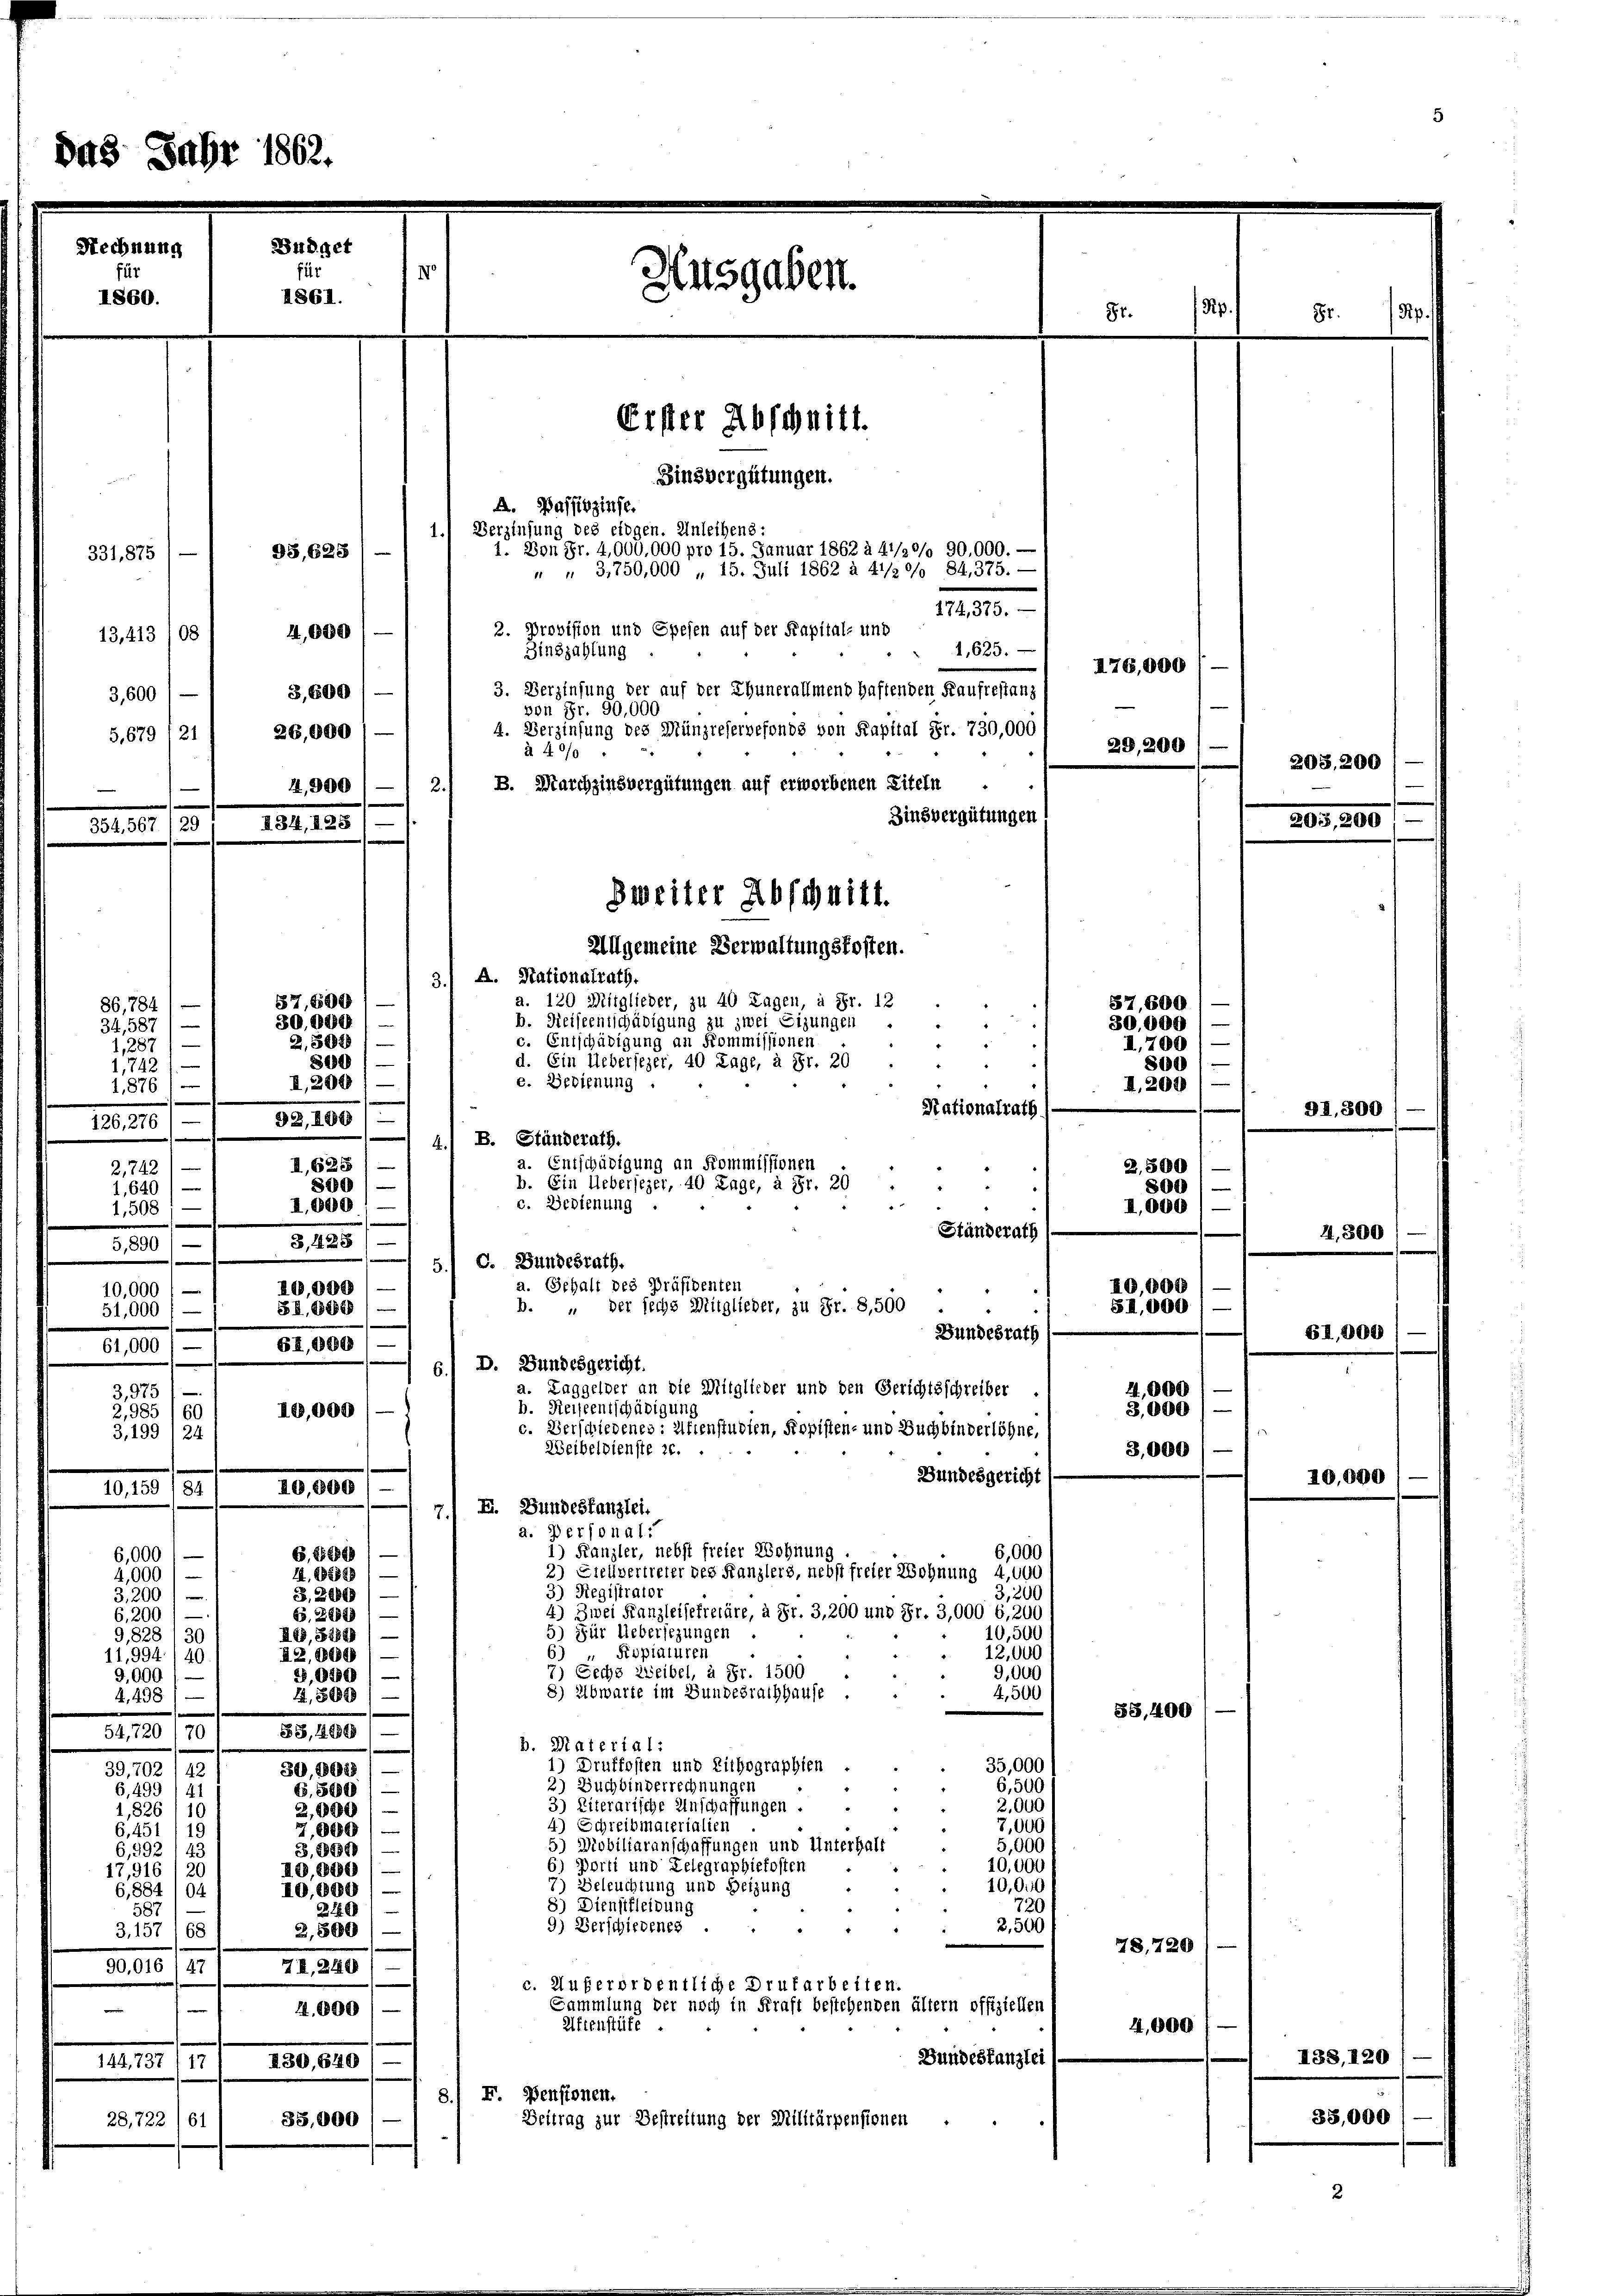
A. Passivzinse.
1.) Verzinsung des eidgen. Unleihens:
1. Von Fr. 4,000,000 pro 15. Januar 1862 à 41/2°/o 90,000. —
331,87
" " 3,750,000 „ 15. Juli 1862 à 41/20/ 84,375. —
174,375.
2. Provision und Spesen auf der Kapital- und
4,000
13,413/06
4,625.
Zinszahlung
3. Verzinsung der auf der Thunerallmend haftenden Kaufrestanz s
3,800)
3,600
von Fr. 90,000
4. Verzinsung des Münzreservefonds von Kapital Fr. 730,000
5.679 (211 26,000
à 400
2./ B. Marchzinsvergütungen auf erworbenen Ziteln
4,900
Zinsvergütungen
354. 567 /29
Allgemeine Verwaltungskosten.
A. Stationalrath,
3.
a. 120 Mitglieder, zu 40 Tagen, à Fr. 12
87,600
86,784
b. Reiseentschädigung zu zwei Sizungen
30,000
34,587) —
c. Entschädigung an Kommissionen
2, 502
¬
I,287
800
d. Ein Uebersezer, 40 Tage, à Fr. 20
1,7421—
e. Bedienung
I,200
1,876 (
-
Rationalrath
92, 1883

126,276) —
 4./ B. Ständerath.
a. Entschädigung an Kommissionen
I,625)
21242
b. Ein Uebersezer, 40 Tage, à Fr. 20
800)
.
1,640)
c. Bedienung
I,600

1,508
e
Ständerath
315 (
5,890) —
d. Bundesrath.
5.
a. Gehalt des Präsidenten
40,000
10,000
10,000 (
b. " der sechs Mitglieder, zu Fr. 8,500
S1,000.
S.S. 1888
51,000 f —
f
Bundesrath
61,000
61,000 f —
6.) D. Bundesgericht.
a. Taggelder an die Mitglieder und den Gerichtsschreiber
4,000
3,975
b. Reiseentschädigung
3,000)
10,000
2,985/61
c. Verschiedenes: Ufienstudien, Kopisten- und Buchbinderlöhne,
3,1991 24
Weibeldienste 26.
3,000
Bundesgericht
10,800)
10, 159 184
E. Bundeskanzlei.
7.
a. Personal:
1) Kanzler, nebst freier Wohnung
6,000
6,000 1—
6,800
2) Stellvertreter des Kanzlers, nebst freier Wohnung 4,000
14,888388,
4,000
3) Registrator
3,200
3,200 /
3,200)
4) Zwei Kanzleisefretäre, à Fr. 3,200 und Fr. 3,000 6,200
6,200)
6. 21549) —
5) Für Uebersezungen
10,500
e
9,828 / 30
AG,5150/
 Kopiaturen
12,000
12, 1689
e
11,994. 140
7) Sechs Zweibel, à Fr. 1500
9,000
2,040 / —
9,000
8) Abwarte im Bundesrathhause
4,500
4,498) —
14,80078/
35,400
54,720 (70
33,48888) —
b. Material:
e
35,000
1) Druffosten und Lithographien
39, 702 (82
30, 1028
2) Buchbinderrechnungen
6,500
6,499 14.
6.500
3) Eiterarische Anschaffungen.
2,000
1,826 (10
2,000
4) Schreibmaterialien
7,000
7,000)
6,451 (1
5) Mobiliaranschaffungen und Unterhalt
5,000
6,992
S. 800
6) Porti und Telegraphiefosten
10,000
e
17,916' 20
10,000
10,00
’) Beleuchtung und Heizung
10,000
6,884/04
8) Dienstkleidung
720
3180
58
9) Verschiedenes
2,500
¬
3.157 168
2,500)
78,720
90,016 47 1 74, 244) —
c. Außerordentliche Drufarbeiten
Sammlung der noch in Kraft bestehenden ältern offiziellen
14,000
Afienstüfe
4,000
Bundeskanzlei
144, 737 (17' 230, 640
8) F. Pensionen,
Beitrag zur Bestreitung der Militärpensionen
28,722/61
35,000

d

i
862.

Budget
0
1861.

134, 128/

95,628

Ausgaben.

Erster Abschnitt.
Zinsvergütungen.

Zweiter Abschnitt.

I76,000 :
29,200

81.

30,000
I,700
800
I. 2091—

3

I.000

81.

203. 200

1,300

61,000

I38, 120

87,600
91,800
2,500
800)

10,000